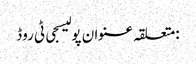
:متعلقہ عنوان پولیسجی ٹی روڈ